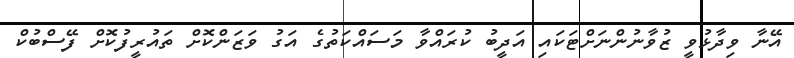
އޭނާ ވިދާޅުވީ ޒުވާނުންނަށްޓަކައި އަދީބު ކުރައްވާ މަސައްކަތުގެ އަގު ވަޒަންކޮށް ތައުރީފުކޮށް ފޭސްބުކް